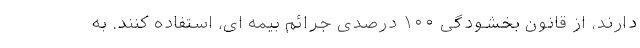
دارند، از قانون بخشودگی ۱۰۰ درصدی جرائم بیمه ای، استفاده کنند. به